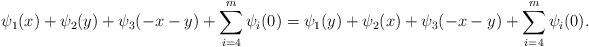
LaTeX: \begin{align*} \psi_1(x)+\psi_2(y) + \psi_3(-x-y)+ \sum^m_{i=4} \psi_i(0)=\psi_1(y)+\psi_2(x) + \psi_3(-x-y)+ \sum^m_{i=4} \psi_i(0).\end{align*}